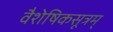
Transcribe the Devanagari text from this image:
वैशेषिकसूत्रम्